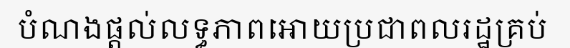
បំណងផ្តល់លទ្ធភាពអោយប្រជាពលរដ្ឋគ្រប់